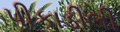
પીકાડીલી